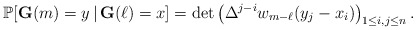
\begin{align*}\mathbb{P}[\mathbf{G}(m)=y\,|\,\mathbf{G}(\ell)=x]=\det \left(\Delta^{j-i} w_{m-\ell}(y_j-x_i)\right)_{1\le i,j\le n}.\end{align*}